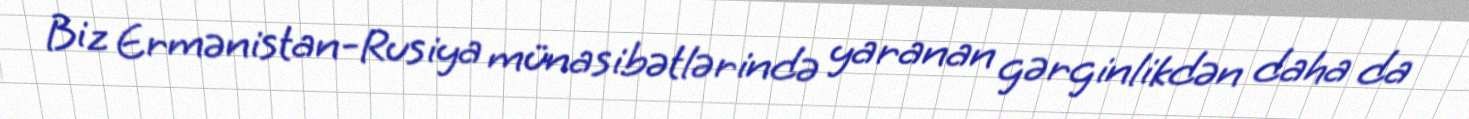
Biz Ermənistan-Rusiya münasibətlərində yaranan gərginlikdən daha da